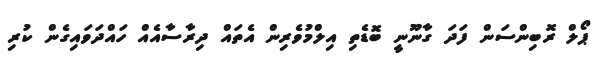
ޕޯލް ރޮބިންސަން ފަދަ ގާނޫނީ ބޮޑެތި އިލްމުވެރިން އެތައް ދިރާސާއެއް ހައްދަވައިގެން ކުރި